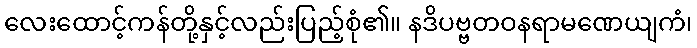
လေးထောင့်ကန်တို့နှင့်လည်းပြည့်စုံ၏။ နဒိပဗ္ဗတဝနရာမဏေယျကံ၊